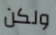
ولكن